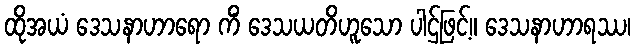
ထိုအယံ ဒေသနာဟာရော ကိံ ဒေသယတိဟူသော ပါဌ်ဖြင့်။ ဒေသနာဟာရဿ၊